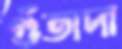
গুঁতাদা